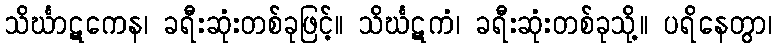
သိင်္ဃာဋကေန၊ ခရီးဆုံးတစ်ခုဖြင့်။ သိင်္ဃဋကံ၊ ခရီးဆုံးတစ်ခုသို့။ ပရိနေတွာ၊